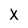
Character: X